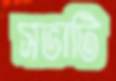
সভাটি